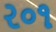
ર૦૧